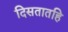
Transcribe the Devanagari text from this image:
दिसतातहि